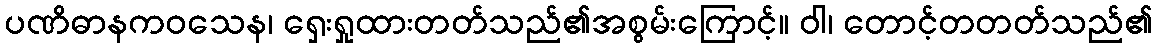
ပဏိဓာနကဝသေန၊ ရှေးရှုထားတတ်သည်၏အစွမ်းကြောင့်။ ဝါ၊ တောင့်တတတ်သည်၏